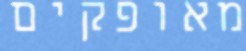
מאופקים